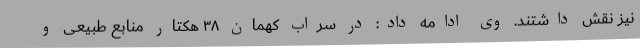
نیز نقش داشتند. وی ادامه داد: در سراب کهمان ۳۸ هکتار منابع طبیعی و